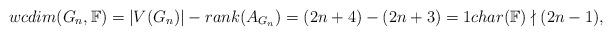
LaTeX: \begin{align*}wcdim(G_n,\mathbb{F}) = |V(G_n)| - rank(A_{G_n}) = (2n+4) - (2n+3) = 1 char(\mathbb{F}) \nmid (2n-1), \end{align*}